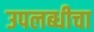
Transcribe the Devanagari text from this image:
उपलब्धीचा